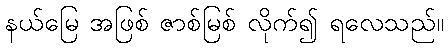
နယ်မြေ အဖြစ် ဇာစ်မြစ် လိုက်၍ ရလေသည်။